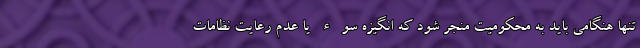
تنها هنگامي بايد به محكوميت منجر شود كه انگيزه سوء يا عدم رعايت نظامات